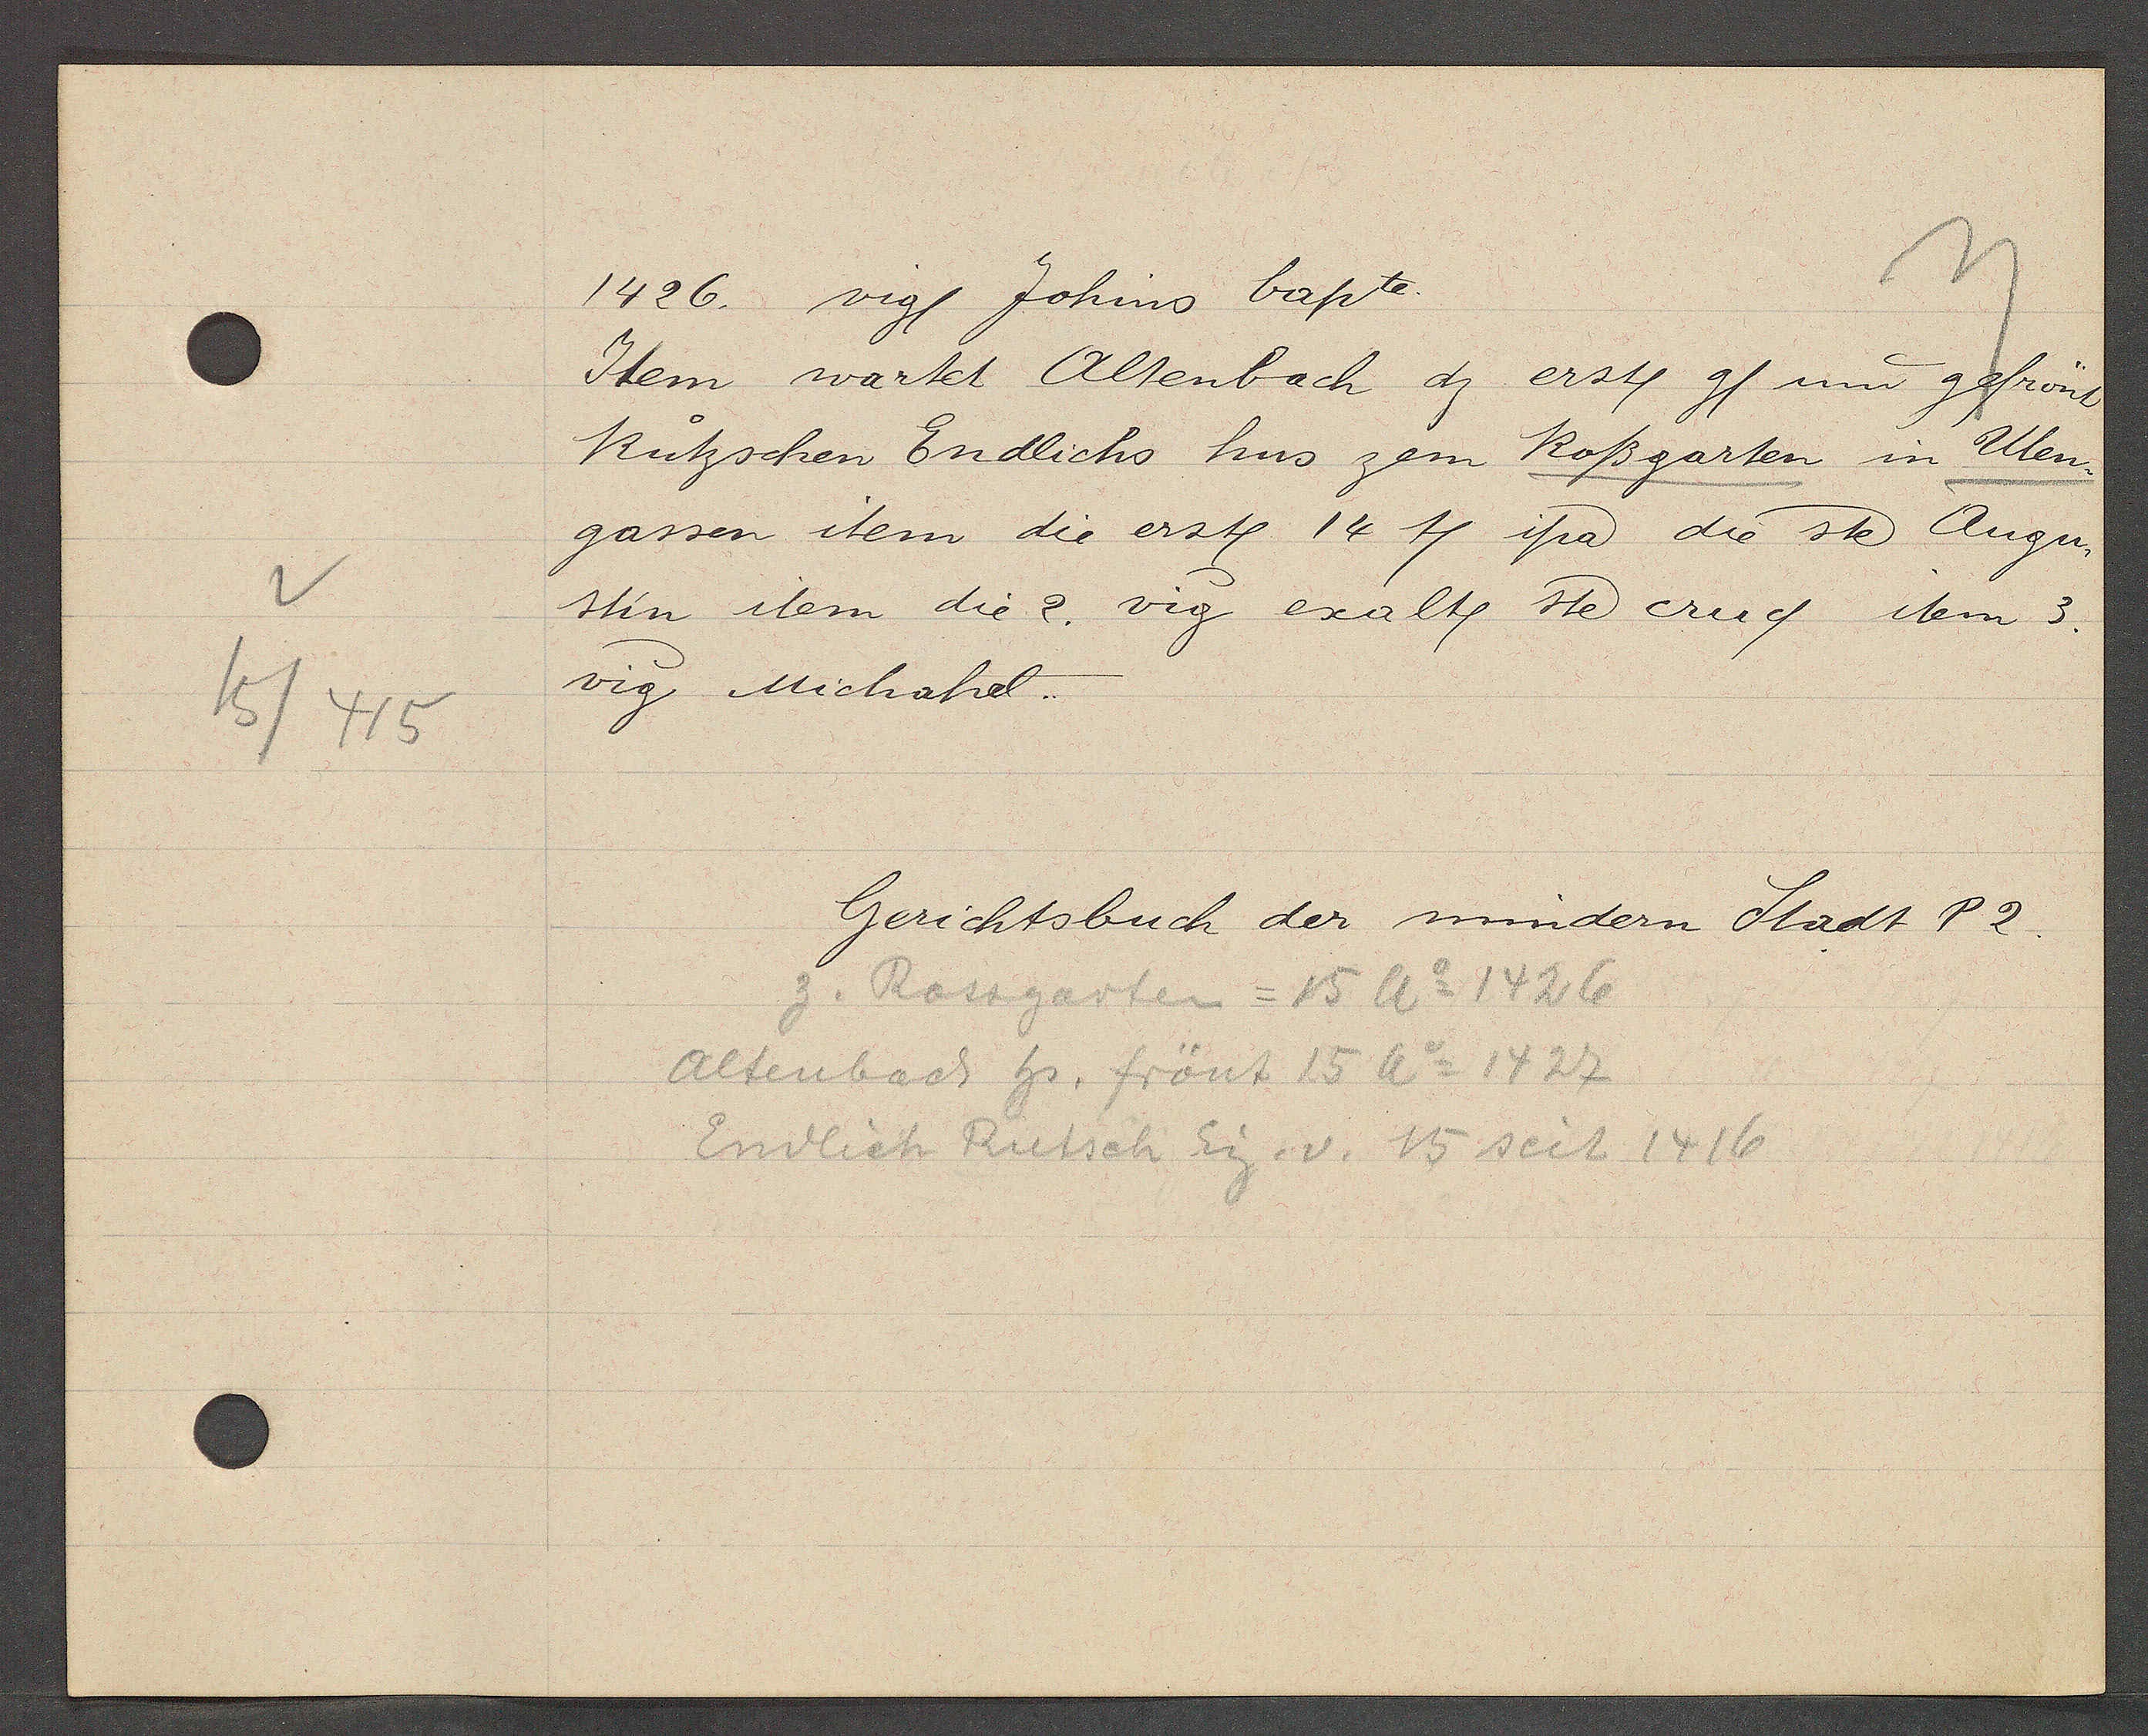
Transcript:
15/415

1426. vigl Johins bapte.

Item wartet Altenbach dz erstl gl und gefrönt
Rützschen Endlichs hus zem Roßgarten in Ulen¬
gassen item die erstl 14 tl ipa die ste Augu-
stin item die 2. vig exaltl ste cruq item 3.
vig Michahel..

Gerichtsbuch der mindern Stadt P2.

z. Rossgarten = 15 Ao 1426
Altenbach hs. frönt 15 Ao 1427
Endlich Rutsch Eig. v. 15 seit 1416